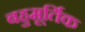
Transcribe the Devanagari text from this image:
बहुमूर्तिक